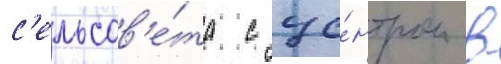
с'ельсов'е́та с це́нтром в